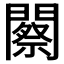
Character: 𨶫